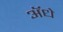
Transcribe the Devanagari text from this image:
ॲधे